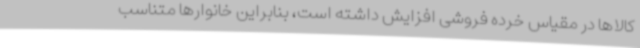
کالاها در مقیاس خرده فروشی افزایش داشته است، بنابراین خانوارها متناسب